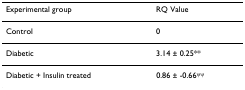
| Experimental group | RQ Value |
 | --- | --- |
 | Control | 0 |
 | Diabetic | 3.14 ± 0.25** |
 | Diabetic + Insulin treated | 0.86 ± -0.66ψψ |